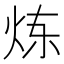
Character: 炼